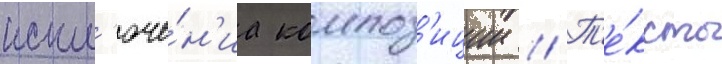
искл'юче́н'иа композ'иции // Т'е́ксты